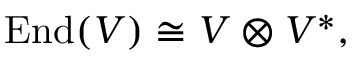
\operatorname { E n d } ( V ) \cong V \otimes V ^ { * } ,